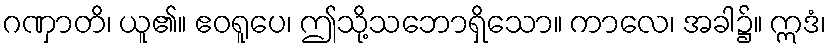
ဂဏှာတိ၊ ယူ၏။ ဧဝရူပေ၊ ဤသို့သဘောရှိသော။ ကာလေ၊ အခါ၌။ ဣဒံ၊